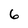
Character: 6